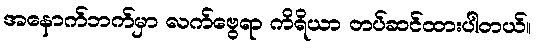
အနောက်ဘက်မှာ လက်ဗွေရာ ကိရိယာ တပ်ဆင်ထားပါတယ်။